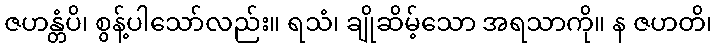
ဇဟန္တံပိ၊ စွန့်ပါသော်လည်း။ ရသံ၊ ချိုဆိမ့်သော အရသာကို။ န ဇဟတိ၊